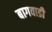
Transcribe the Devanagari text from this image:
बागवाडी